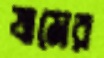
যামের